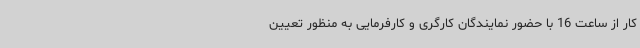
کار از ساعت 16 با حضور نمایندگان کارگری و کارفرمایی به منظور تعیین